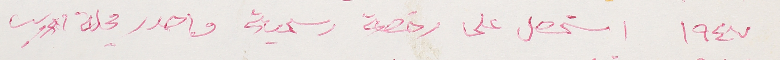
١٩٤٧ استحصل على رخصة رسمية واصدر مجلة الاديب